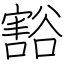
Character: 豁